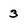
Character: 3